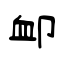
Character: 卹